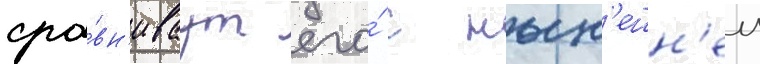
сра́вн'иваут его́ с нын'ешн'еи